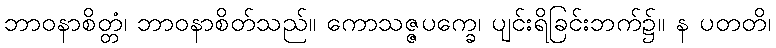
ဘာဝနာစိတ္တံ၊ ဘာဝနာစိတ်သည်။ ကောသဇ္ဇပက္ခေ၊ ပျင်းရိခြင်းဘက်၌။ န ပတတိ၊